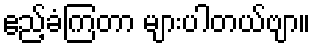
ဧည့်ခံကြတာ များပါတယ်ဗျာ။